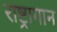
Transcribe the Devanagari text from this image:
राष्ट्रागान